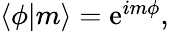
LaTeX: \begin{array}{r}{\langle\phi|m\rangle=\mathrm{e}^{im\phi},}\end{array}